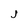
Character: j